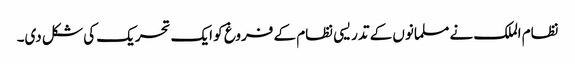
نظام الملک نے مسلمانوں کے تدریسی نظام کے فروغ کو ایک تحریک کی شکل دی۔